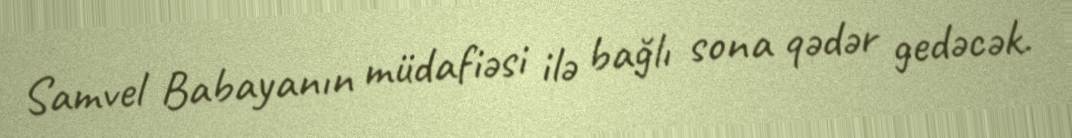
Samvel Babayanın müdafiəsi ilə bağlı sona qədər gedəcək.